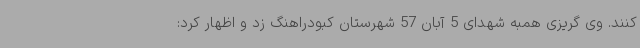
کنند. وی گریزی همبه شهدای 5 آبان 57 شهرستان کبودراهنگ زد و اظهار کرد: